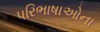
પરિભાષાઓના